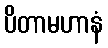
ပိတာမဟာနံ